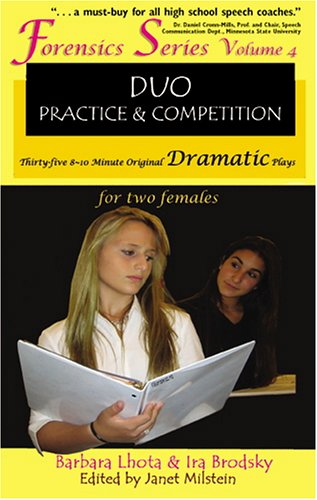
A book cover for Forensics Duo Series Volume 4: Duo Practice and Competition Thirty-five 8-10 Minute Original Dramatic Plays for Two Females; Ira Brodsky; Literature & Fiction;